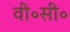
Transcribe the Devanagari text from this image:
वी॰सी॰